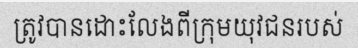
ត្រូវបានដោះលែងពីក្រុមយុវជនរបស់